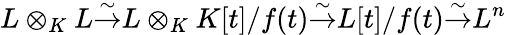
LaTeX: L\otimes_{K}L{\stackrel{\sim}{\to}}L\otimes_{K}K[t]/f(t){\stackrel{\sim}{\to}}L[t]/f(t){\stackrel{\sim}{\to}}L^{n}